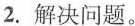
2.解决问题。